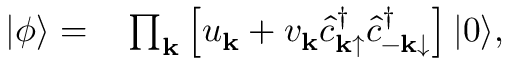
\begin{array} { r l } { | \phi \rangle = } & { { } \prod _ { { \bf k } } \left[ u _ { { \bf k } } + v _ { { \bf k } } \hat { c } _ { { \bf k } \mathrm { \uparrow } } ^ { \dagger } \hat { c } _ { { \bf - k } \mathrm { \downarrow } } ^ { \dagger } \right] | 0 \rangle , } \end{array}